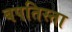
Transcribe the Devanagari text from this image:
बपतिस्ता